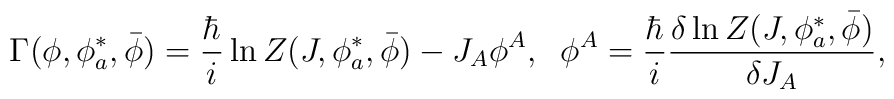
\Gamma(\phi,\phi^{*}_a,\bar\phi)=\frac{\hbar}{i}\ln Z(J,\phi^*_{a},\bar{\phi})-J_A\phi^A,\;\;\phi^A=\frac{\hbar}{i} \frac{\delta\ln Z(J,\phi^*_{a},\bar{\phi})}{\delta J_A},